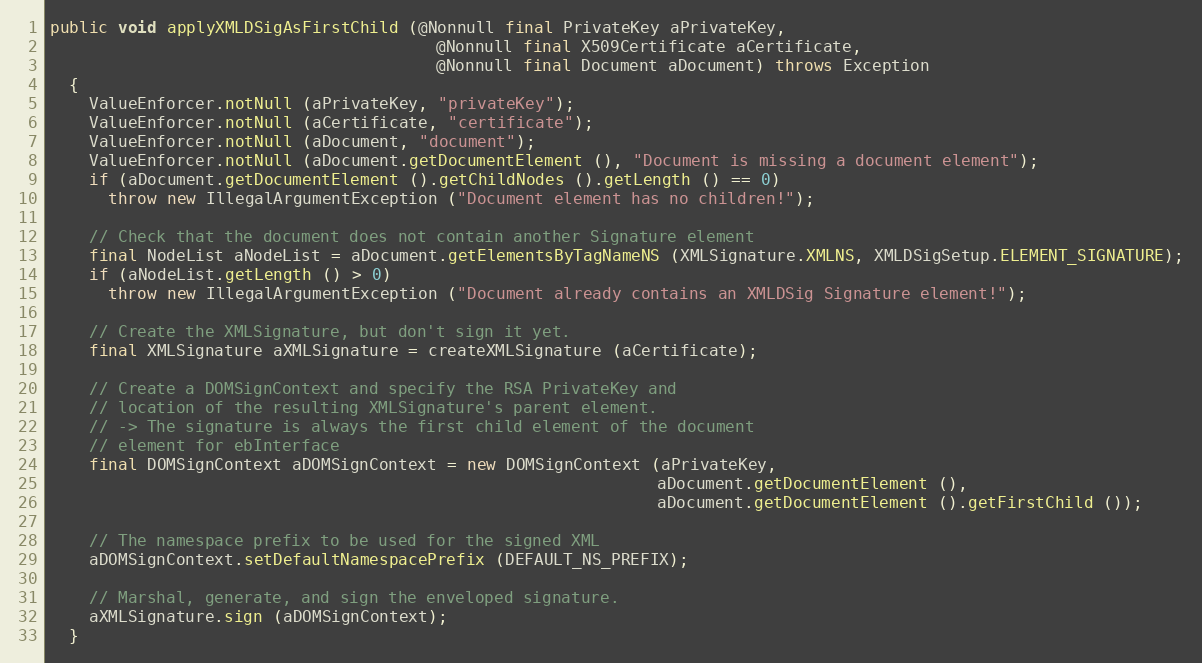
Language: Java
public void applyXMLDSigAsFirstChild (@Nonnull final PrivateKey aPrivateKey,
                                        @Nonnull final X509Certificate aCertificate,
                                        @Nonnull final Document aDocument) throws Exception
  {
    ValueEnforcer.notNull (aPrivateKey, "privateKey");
    ValueEnforcer.notNull (aCertificate, "certificate");
    ValueEnforcer.notNull (aDocument, "document");
    ValueEnforcer.notNull (aDocument.getDocumentElement (), "Document is missing a document element");
    if (aDocument.getDocumentElement ().getChildNodes ().getLength () == 0)
      throw new IllegalArgumentException ("Document element has no children!");

    // Check that the document does not contain another Signature element
    final NodeList aNodeList = aDocument.getElementsByTagNameNS (XMLSignature.XMLNS, XMLDSigSetup.ELEMENT_SIGNATURE);
    if (aNodeList.getLength () > 0)
      throw new IllegalArgumentException ("Document already contains an XMLDSig Signature element!");

    // Create the XMLSignature, but don't sign it yet.
    final XMLSignature aXMLSignature = createXMLSignature (aCertificate);

    // Create a DOMSignContext and specify the RSA PrivateKey and
    // location of the resulting XMLSignature's parent element.
    // -> The signature is always the first child element of the document
    // element for ebInterface
    final DOMSignContext aDOMSignContext = new DOMSignContext (aPrivateKey,
                                                               aDocument.getDocumentElement (),
                                                               aDocument.getDocumentElement ().getFirstChild ());

    // The namespace prefix to be used for the signed XML
    aDOMSignContext.setDefaultNamespacePrefix (DEFAULT_NS_PREFIX);

    // Marshal, generate, and sign the enveloped signature.
    aXMLSignature.sign (aDOMSignContext);
  }